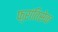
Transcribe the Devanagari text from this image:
फ़्रांतिसेक